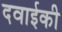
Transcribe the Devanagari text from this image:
दवाईकी